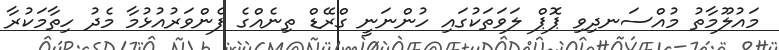
މައުލޫމާތު މުއްސަނދިވި ޕޮޕް ލަވަތަކުގައި ހުންނަނީ ގްރޭޑް ތިނެއްގެ ފެންވަރުއުޅުމާ މެދު ހިތާމަކުރާ